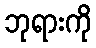
ဘုရားကို